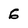
Character: 6